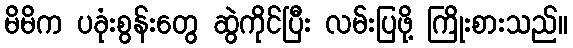
မိမိက ပခုံးစွန်းတွေ ဆွဲကိုင်ပြီး လမ်းပြဖို့ ကြိုးစားသည်။